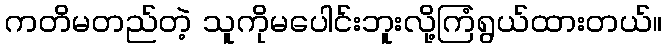
ကတိမတည်တဲ့ သူကိုမပေါင်းဘူးလို့ကြံရွယ်ထားတယ်။